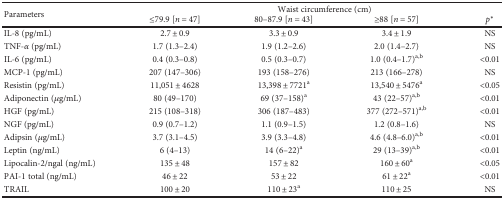
| <ROWSPAN=2> Parameters | <COLSPAN=4> Waist circumference (cm) |
 | ≤79.9 [n = 47] | 80–87.9 [n = 43] | ≥88 [n = 57] | p∗ |
 | --- | --- | --- | --- | --- |
 | IL-8 (pg/mL) | 2.7 ± 0.9 | 3.3 ± 0.9 | 3.4 ± 1.9 | NS |
 | TNF-α (pg/mL) | 1.7 (1.3–2.4) | 1.9 (1.2–2.6) | 2.0 (1.4–2.7) | NS |
 | IL-6 (pg/mL) | 0.4 (0.3–0.8) | 0.5 (0.3–0.7) | 1.0 (0.4–1.7)a,b | <0.01 |
 | MCP-1 (pg/mL) | 207 (147–306) | 193 (158–276) | 213 (166–278) | NS |
 | Resistin (pg/mL) | 11,051 ± 4628 | 13,398 ± 7721a | 13,540 ± 5476a | <0.05 |
 | Adiponectin (μg/mL) | 80 (49–170) | 69 (37–158)a | 43 (22–57)a,b | <0.01 |
 | HGF (pg/mL) | 215 (108–318) | 306 (187–483) | 377 (272–571)a,b | <0.01 |
 | NGF (pg/mL) | 0.9 (0.7–1.2) | 1.1 (0.9–1.5) | 1.2 (0.8–1.6) | NS |
 | Adipsin (μg/mL) | 3.7 (3.1–4.5) | 3.9 (3.3–4.8) | 4.6 (4.8–6.0)a,b | <0.01 |
 | Leptin (ng/mL) | 6 (4–13) | 14 (6–22)a | 29 (13–39)a,b | <0.01 |
 | Lipocalin-2/ngal (ng/mL) | 135 ± 48 | 157 ± 82 | 160 ± 60a | <0.05 |
 | PAI-1 total (ng/mL) | 46 ± 22 | 53 ± 22 | 61 ± 22a | <0.01 |
 | TRAIL | 100 ± 20 | 110 ± 23a | 110 ± 25 | NS |